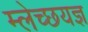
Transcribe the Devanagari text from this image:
म्लेच्छयज्ञ